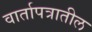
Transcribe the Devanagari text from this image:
वार्तापत्रातील